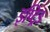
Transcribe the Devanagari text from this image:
इप्ट्रिड